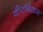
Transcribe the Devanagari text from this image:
वीरबिक्रम